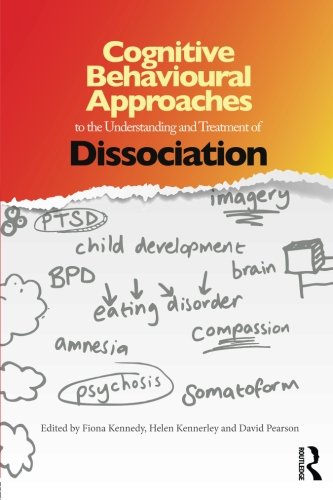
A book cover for Cognitive Behavioural Approaches to the Understanding and Treatment of Dissociation; Health, Fitness & Dieting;